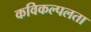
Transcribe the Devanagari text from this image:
कविकल्पलता